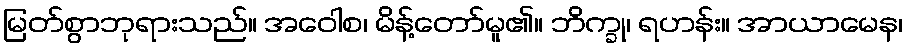
မြတ်စွာဘုရားသည်။ အဝေါစ၊ မိန့်တော်မူ၏။ ဘိက္ခု၊ ရဟန်း။ အာယာမေန၊